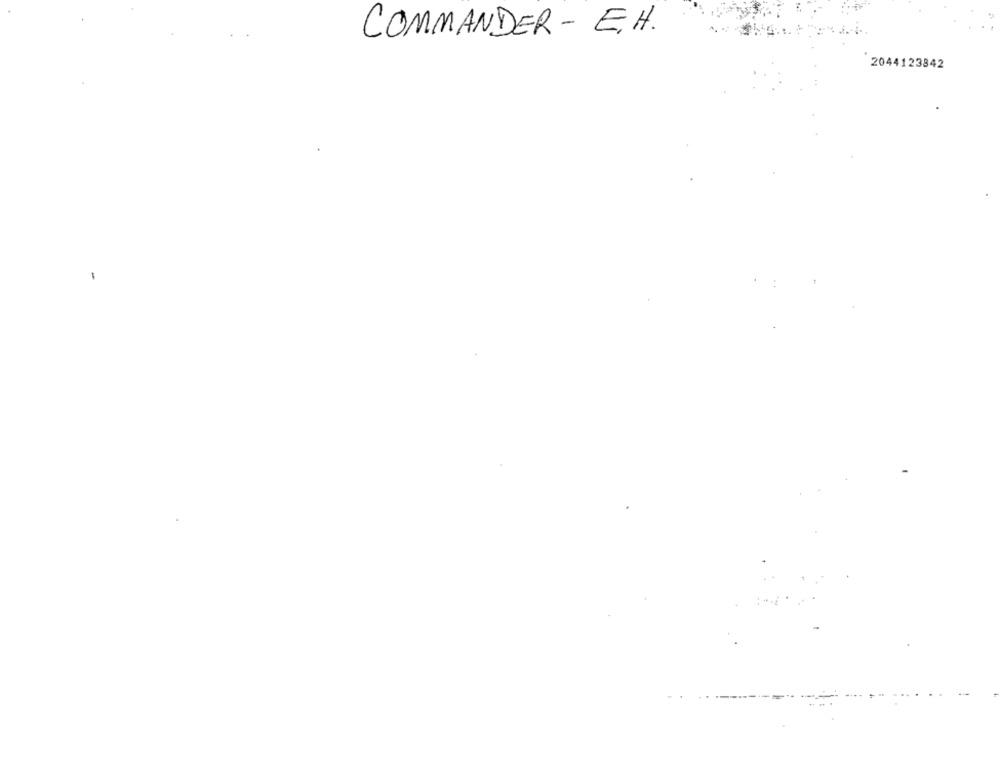
COMMANDER - E.H.
2044123842